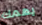
يهمك